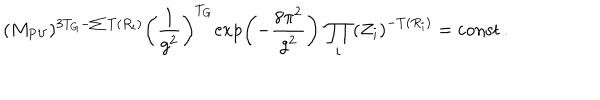
LaTeX: ( M _ { \mathrm { P V } } ) ^ { 3 T _ { G } - \sum T ( R _ { i } ) } \left( \frac { 1 } { g ^ { 2 } } \right) ^ { T _ { G } } \! \exp \left( - \frac { 8 \pi ^ { 2 } } { g ^ { 2 } } \right) \, \prod _ { i } \left( Z _ { i } \right) ^ { - T ( R _ { i } ) } = \mathrm { c o n s t } \, .